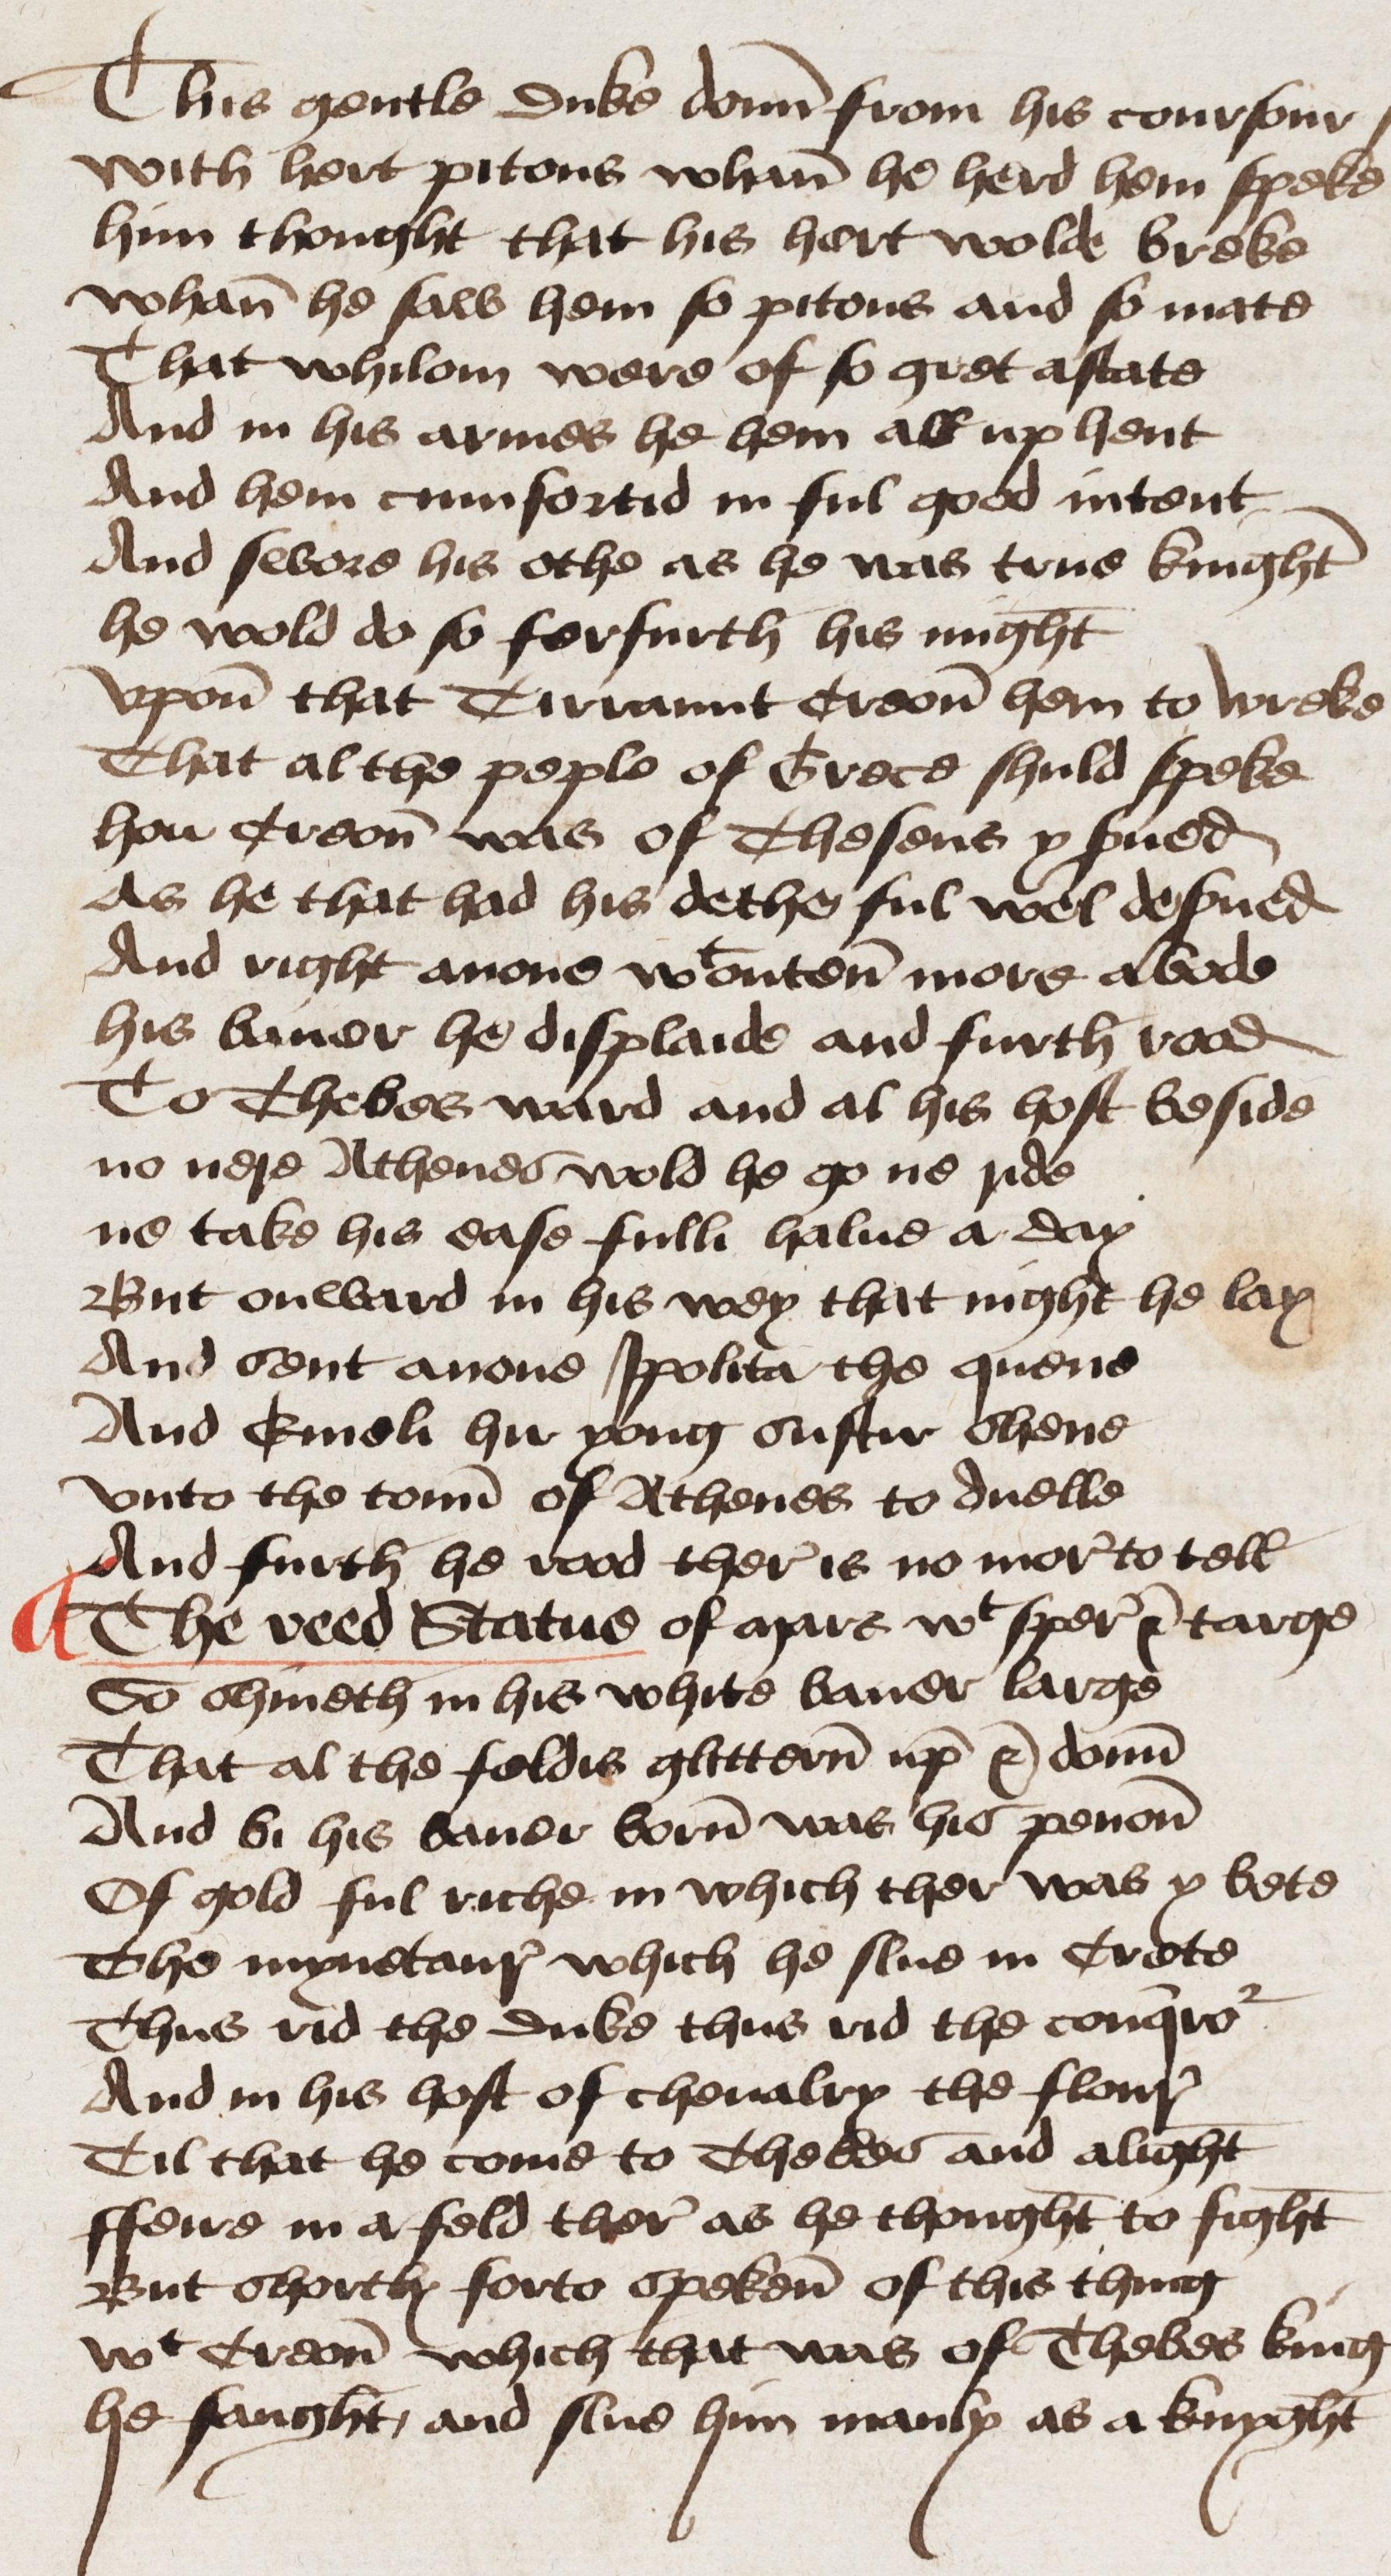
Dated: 1460–1499